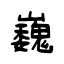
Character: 巍